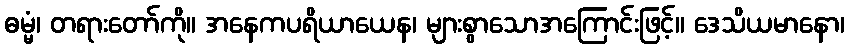
ဓမ္မံ၊ တရားတော်ကို။ အနေကပရိယာယေန၊ များစွာသောအကြောင်းဖြင့်။ ဒေသိယမာနော၊